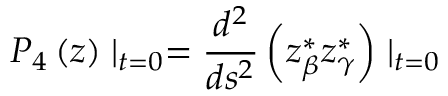
P _ { 4 } \left( z \right) \mid _ { t = 0 } = \frac { d ^ { 2 } } { d s ^ { 2 } } \left( z _ { \beta } ^ { * } z _ { \gamma } ^ { * } \right) \mid _ { t = 0 }